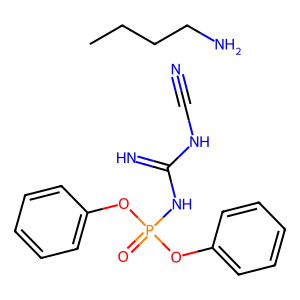
SMILES: CCCCN.N#CNC(=N)NP(=O)(Oc1ccccc1)Oc1ccccc1
Inhibits HIV replication: No